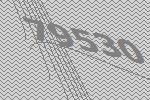
79530